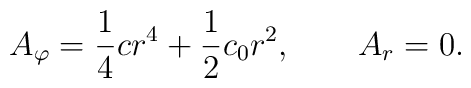
A_\varphi=\frac 14cr^4+\frac 12c_0r^2, \qquad A_r=0.